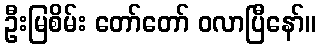
ဦးမြစိမ်း တော်တော် ဝလာပြီနော်။